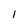
Character: 1